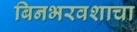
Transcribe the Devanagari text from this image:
बिनभरवशाचा